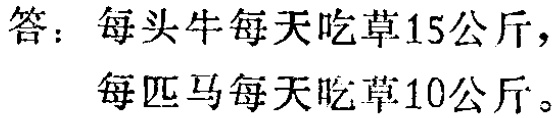
答：每头牛每天吃草15公斤，
每匹马每天吃草10公斤。